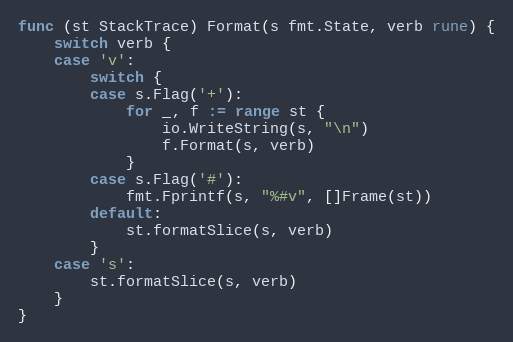
Language: Go
func (st StackTrace) Format(s fmt.State, verb rune) {
	switch verb {
	case 'v':
		switch {
		case s.Flag('+'):
			for _, f := range st {
				io.WriteString(s, "\n")
				f.Format(s, verb)
			}
		case s.Flag('#'):
			fmt.Fprintf(s, "%#v", []Frame(st))
		default:
			st.formatSlice(s, verb)
		}
	case 's':
		st.formatSlice(s, verb)
	}
}